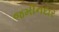
જમીનદાર